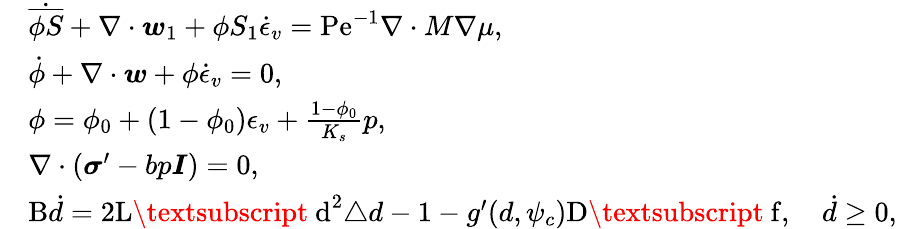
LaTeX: \begin{array}{rl}&{\dot{\overline{{\phi S}}}+\nabla\cdot\boldsymbol{w}_{1}+\phi S_{1}\dot{\epsilon}_{v}=\mathrm{Pe}^{-1}\nabla\cdot M\nabla\mu,}\\ &{\dot{\phi}+\nabla\cdot\boldsymbol{w}+\phi\dot{\epsilon}_{v}=0,}\\ &{\phi=\phi_{0}+(1-\phi_{0})\epsilon_{v}+\frac{1-\phi_{0}}{K_{s}}p,}\\ &{\nabla\cdot\left({\boldsymbol{\sigma}^{\prime}}-bp\boldsymbol{I}\right)=0,}\\ &{\mathrm{B}\dot{d}=2\mathrm{L\textsubscript~d}^{2}\triangle{d}-1-g^{\prime}(d,\psi_{c})\mathrm{D\textsubscript~f},\quad\dot{d}\ge 0,}\end{array}